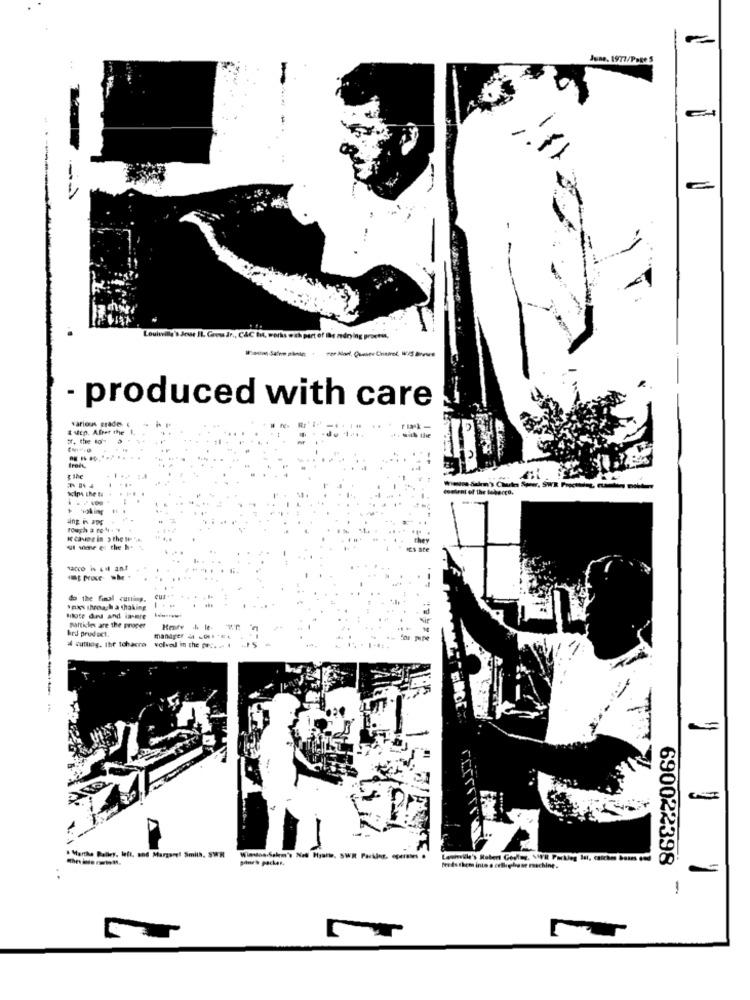
June, 1977/Page 5
..
Louiwill'S Joue Il. Gross Jr ., C&C Bot, works with part of the rednying process,
- produced with care
various grades &
& ucp. After the 1,
f. the to'
z the
contrat of the tobeoro.
ing in aDE
I Canog in > the te ".a.
they
ul wimne el the h.
Es ate
do the Final cutting.
Cus-
Ipox Ihnoch a shaking
Bilote dad and iavere
particles are the proper
hed product.
4 cutting. the tchacra
manager 4 -t **
volvod in the pres
-=
. Martha Baller, left, and Margare! Smith, SWR
pohe's packen.
Louisville's Robert Goding, VIVR Packleg Ist, catches bones
freds them into a cellighuse maschine.
690022398
-